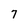
Character: 7